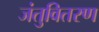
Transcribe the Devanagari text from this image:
जंतुवितरण